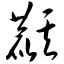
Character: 麒